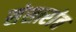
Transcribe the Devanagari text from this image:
संसारांत